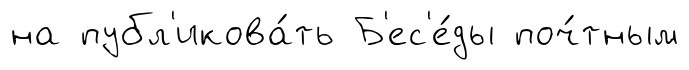
на публ'икова́ть Б'ес'е́ды поч́тным